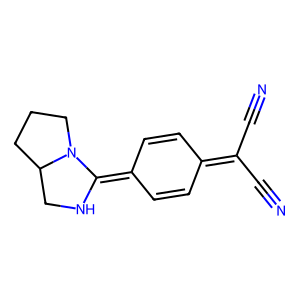
SMILES: N#CC(C#N)=c1ccc(=C2NCC3CCCN23)cc1
Inhibits HIV replication: No